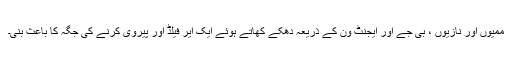
ممیوں اور نازیوں ، بی جے اور ایجنٹ ون کے ذریعہ دھکے کھاتے ہوئے ایک ایر فیلڈ اور پیروی کرنے کی جگہ کا باعث بنی۔